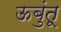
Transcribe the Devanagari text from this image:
ऊबुंतू